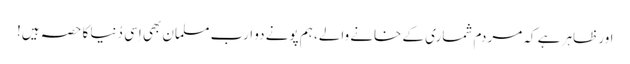
اور ظاہر ہے کہ مردم شماری کے خانے والے، ہم پونے دو ارب مسلمان بھی اِسی دُنیا کا حصہ ہیں!